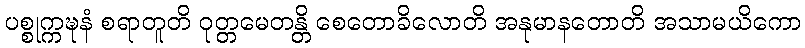
ပစ္စုက္ကဍ္ဎနံ စရာတူတိ ဝုတ္တမေတန္တိ စေတောခိလောတိ အနုမာနတောတိ အသာမယိကော